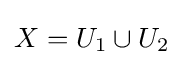
X=U_{1}\cup U_{2}